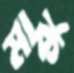
মার্ক